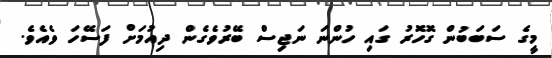
މީގެ ސަބަބުން ގޮހޮރު ގައި ހުންނަ ނަޖިސް ބޭރުވެގެން ދިއުމަށް ފަސޭހަ ވެއެވެ.